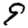
Digit: 9